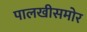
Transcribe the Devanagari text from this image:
पालखीसमोर